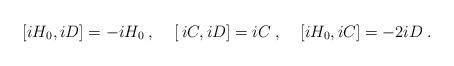
LaTeX: \begin{align*}[iH_0,iD] = -iH_0 \:,\:\:\:\:\:[\:iC,iD] = i C \:, \:\:\:\:\:[iH_0,iC] = -2iD \:.\end{align*}